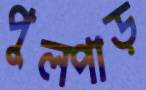
পুলপাড়